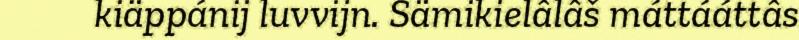
kiäppánij luvvijn. Sämikielâlâš máttááttâs